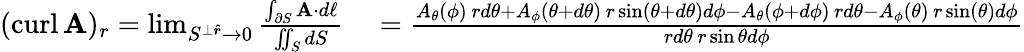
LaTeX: \begin{array}{rl}{(\operatorname{curl}\mathbf{A})_{r}=\operatorname*{lim}_{S^{\perp{\boldsymbol{\hat{r}}}}\to 0}{\frac{\int_{\partial S}\mathbf{A}\cdot d\mathbf{\ell}}{\iint_{S}dS}}}&{{}={\frac{A_{\theta}(\phi)\, rd\theta+A_{\phi}(\theta+d\theta)\, r\sin(\theta+d\theta)d\phi-A_{\theta}(\phi+d\phi)\, rd\theta-A_{\phi}(\theta)\, r\sin(\theta)d\phi}{rd\theta\, r\sin\theta d\phi}}}\end{array}